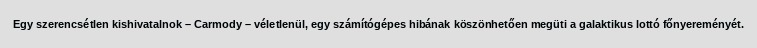
Egy szerencsétlen kishivatalnok – Carmody – véletlenül, egy számítógépes hibának köszönhetően megüti a galaktikus lottó főnyereményét.